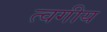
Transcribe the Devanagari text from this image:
त्वगीय